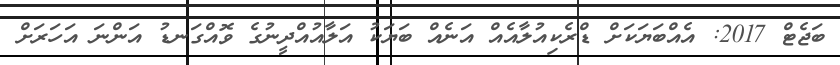
ބަޖެޓް 2017: އެއްބަޔަކަށް ޑްރެކިއުލާއެއް އަނެއް ބަޔަކު އަލާއުއްދީނުގެ ވޮއްގަނޑު އަންނަ އަހަރަށް